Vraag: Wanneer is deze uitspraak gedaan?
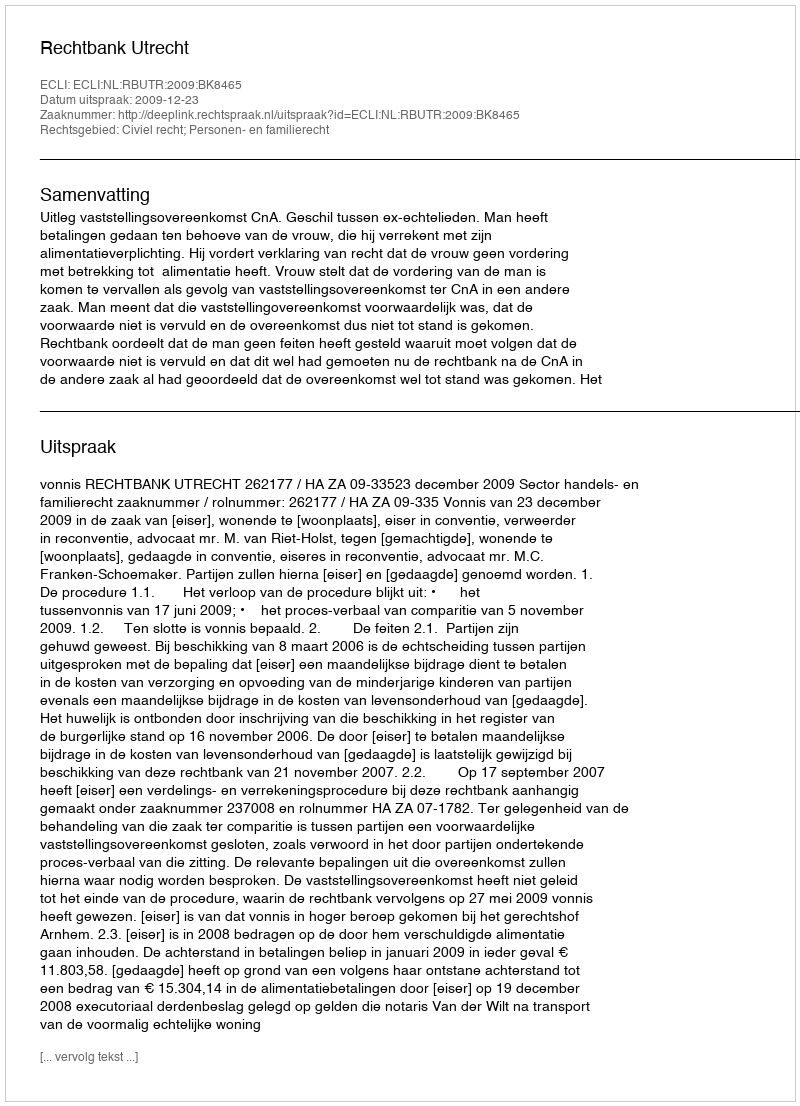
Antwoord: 2009-12-23